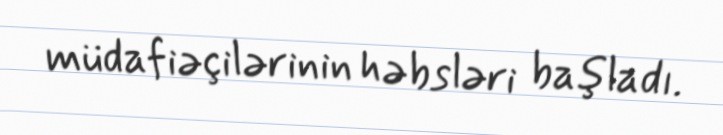
müdafiəçilərinin həbsləri başladı.